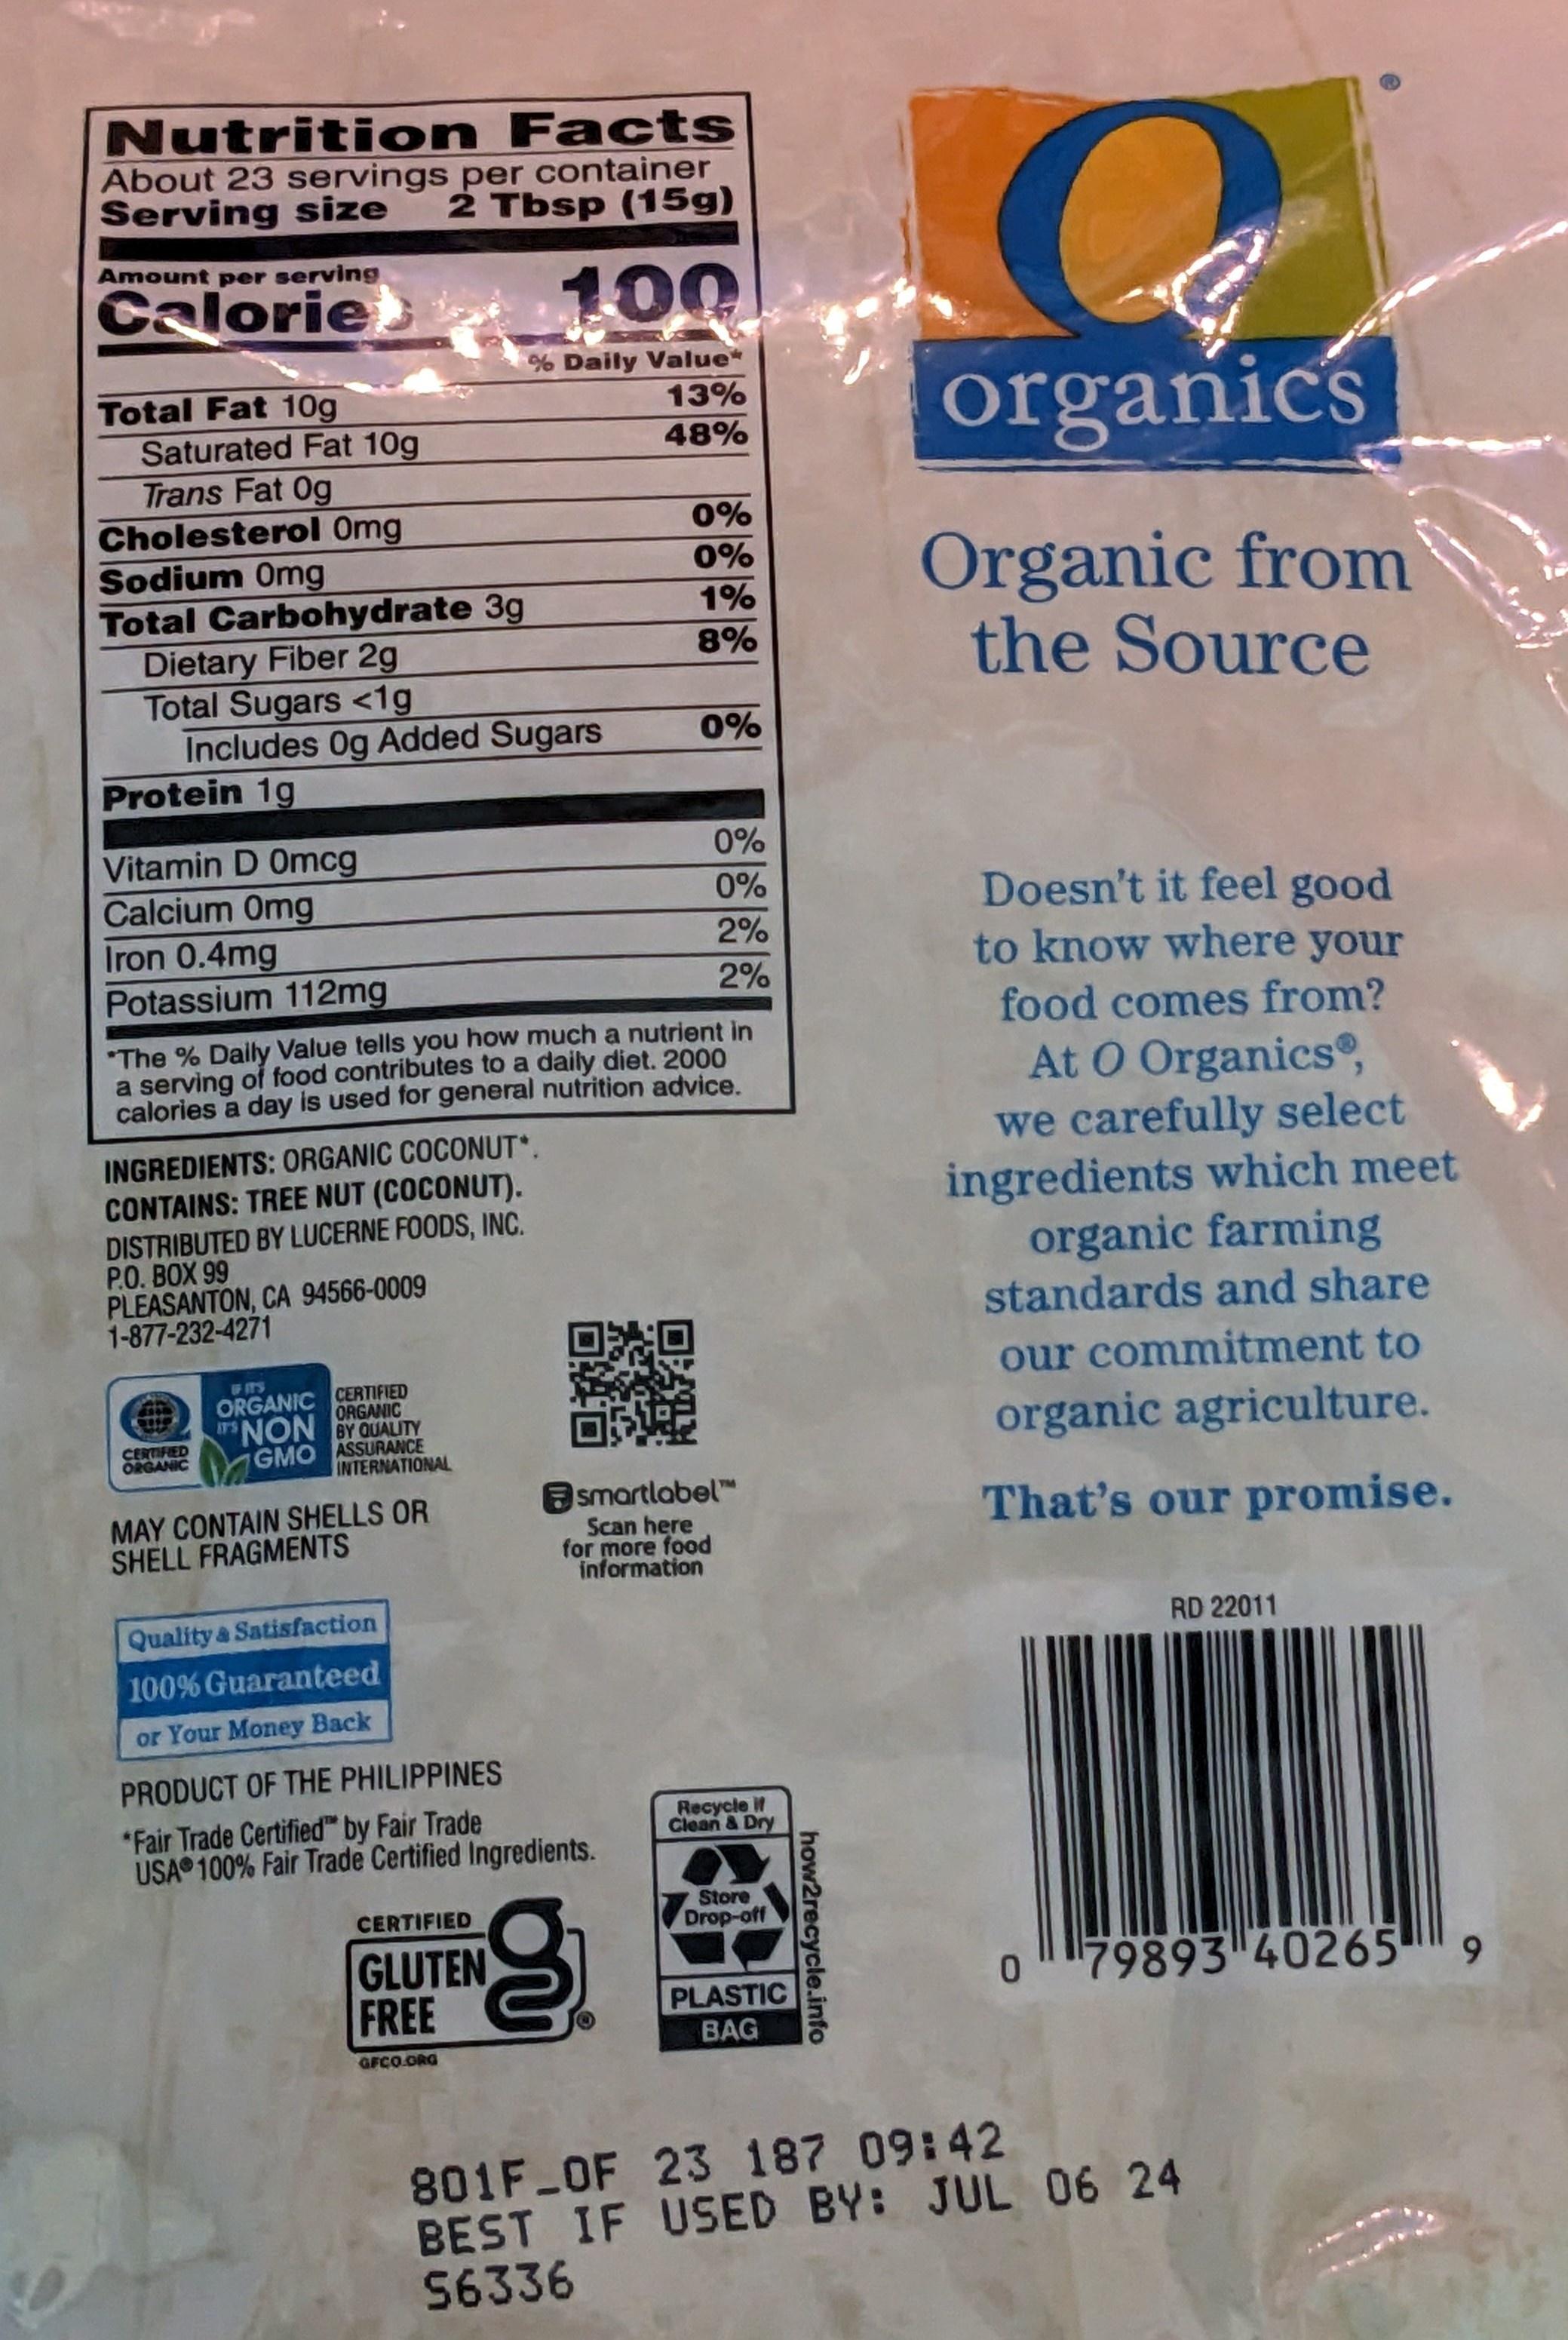
Nutrition
Facts
About 23 servings per container Serving size 2 Tbsp (15g)
Amount per serving
Calorieb
Total Fat 10g
Saturated Fat 10g
Trans Fat Og
Cholesterol Omg
Sodium Omg
Total Carbohydrate 3g
Dietary Fiber 2g
Total Sugars <1g
Includes Og Added Sugars
Protein 1g
INGREDIENTS: ORGANIC COCONUT*.
CONTAINS: TREE NUT (COCONUT). DISTRIBUTED BY LUCERNE FOODS, INC. P.O. BOX 99
PLEASANTON, CA 94566-0009 1-877-232-4271
CERTIFIED ORGANIC
ORGANIC CERTIFIED
ORGANIC
100
% Daily Value* 13% 48%
Vitamin D 0mcg
Calcium Omg
Iron 0.4mg
Potassium 112mg
*The % Daily Value tells you how much a nutrient in a serving of food contributes to a daily diet. 2000 calories a day is used for general nutrition advice.
IT'S NON BY QUALITY GMO ASSURANCE INTERNATIONAL
MAY CONTAIN SHELLS OR SHELL FRAGMENTS
CERTIFIED
GLUTEN FREE
GFCO.ORG
0%
0%
1%
8%
Quality & Satisfaction
100% Guaranteed
or Your Money Back
PRODUCT OF THE PHILIPPINES
"Fair Trade Certified by Fair Trade USA 100% Fair Trade Certified Ingredients.
9
0%
0%
0%
2%
2%
smartlabel™ Scan here for more food information
Recycle if
Clean & Dry
Store Drop-off
PLASTIC
BAG
how2recycle.info
Qa
organics
Organic from the Source
Doesn't it feel good
to know where your food comes from? At O Organics, we carefully select ingredients which meet
organic farming standards and share our commitment to organic agriculture. That's our promise.
0
RD 22011
79893 40265
801F_OF 23 187 09:42 BEST IF USED BY: JUL 06 24
56336
9